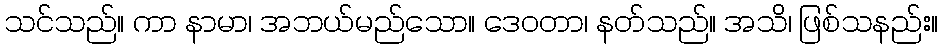
သင်သည်။ ကာ နာမာ၊ အဘယ်မည်သော။ ဒေဝတာ၊ နတ်သည်။ အသိ၊ ဖြစ်သနည်း။